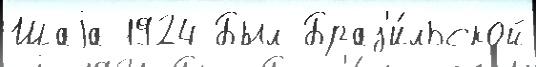
Шаjа 1924 Был Браз'и́льской